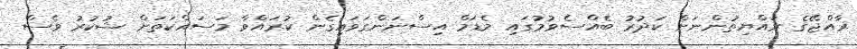
ރާއްޖޭގެ ރައްޔިތުންނަށް ކަދުރު ބެއްސެވުމުގައި މެޑަމް އިސްނަންގަވައިގެން ކުރައްވާ މަސައްކަތަށް ޝުކުރު ވެސް